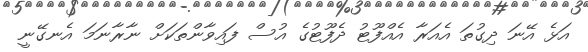
އަޅެ އޭނަ ދިގުތަ އެއަރާ އެއްފޫޓު ދެފޫޓުގެ އުސް ފައިވާންތަކަށް ނާރާނަމަ އެނގޭނީ